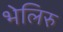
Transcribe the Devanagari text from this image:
भेलिरु